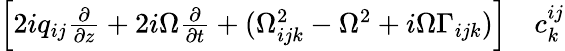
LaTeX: \begin{array}{rl}{\left[2iq_{ij}\frac{\partial}{\partial z}+2i\Omega\frac{\partial}{\partial t}+(\Omega_{ijk}^{2}-\Omega^{2}+i\Omega\Gamma_{ijk})\right]}&{{}c_{k}^{ij}}\end{array}